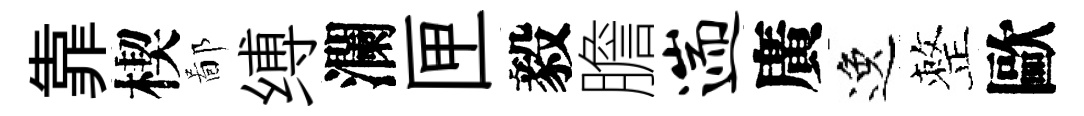
靠楔鄙缚瀾匣毅膽遄廣逸整歐